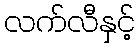
လက်လီနှင့်